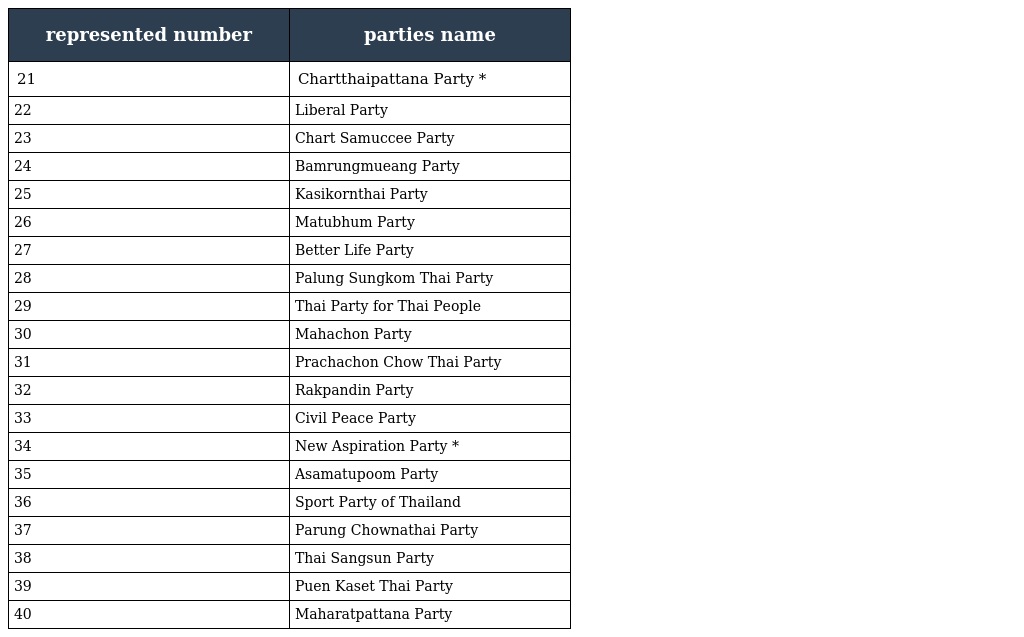
| represented number | parties name |
 | --- | --- |
 | 21 | Chartthaipattana Party * |
 | 22 | Liberal Party |
 | 23 | Chart Samuccee Party |
 | 24 | Bamrungmueang Party |
 | 25 | Kasikornthai Party |
 | 26 | Matubhum Party |
 | 27 | Better Life Party |
 | 28 | Palung Sungkom Thai Party |
 | 29 | Thai Party for Thai People |
 | 30 | Mahachon Party |
 | 31 | Prachachon Chow Thai Party |
 | 32 | Rakpandin Party |
 | 33 | Civil Peace Party |
 | 34 | New Aspiration Party * |
 | 35 | Asamatupoom Party |
 | 36 | Sport Party of Thailand |
 | 37 | Parung Chownathai Party |
 | 38 | Thai Sangsun Party |
 | 39 | Puen Kaset Thai Party |
 | 40 | Maharatpattana Party |